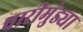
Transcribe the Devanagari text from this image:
चारीमुंड्या